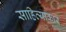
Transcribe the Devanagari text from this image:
साहित्याकार